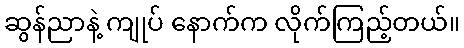
ဆွန်ညာနဲ့ ကျုပ် နောက်က လိုက်ကြည့်တယ်။